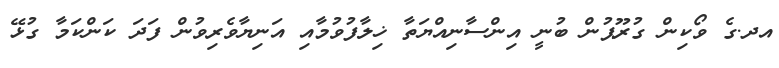
އދ.ގެ ވޯކިން ގުރޫޕުން ބުނީ އިންސާނިއްޔަތާ ޚިލާފުވުމާއި އަނިޔާވެރިވުން ފަދަ ކަންކަމާ ގުޅޭ